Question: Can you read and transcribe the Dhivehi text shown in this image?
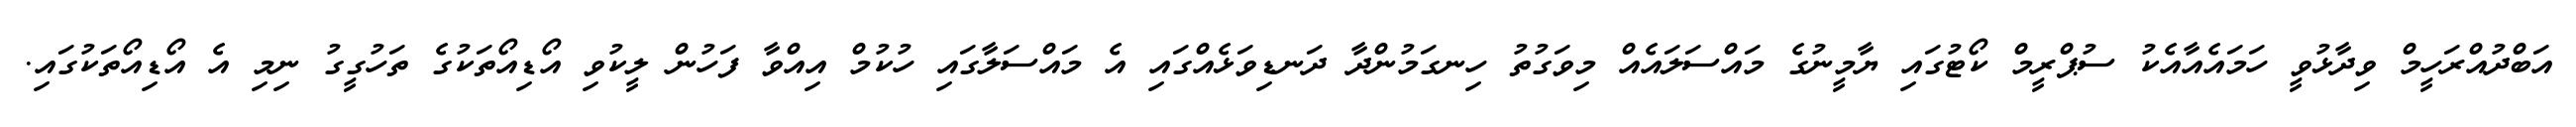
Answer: އަބްދުއްރަހީމް ވިދާޅުވީ ހަމައެއާއެކު ސުޕްރީމް ކޯޓުގައި ޔާމީނުގެ މައްސަލައެއް މިވަގުތު ހިނގަމުންދާ ދަނޑިވަޅެއްގައި އެ މައްސަލާގައި ހުކުމް އިއްވާ ފަހުން ލީކުވި އޯޑިއޯތަކުގެ ތަހުގީގު ނިމި އެ އޯޑިއޯތަކުގައި.